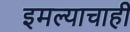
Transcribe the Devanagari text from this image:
इमल्याचाही